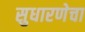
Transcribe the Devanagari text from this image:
सुधारणेचा